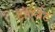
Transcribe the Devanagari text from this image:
टॉएलेट